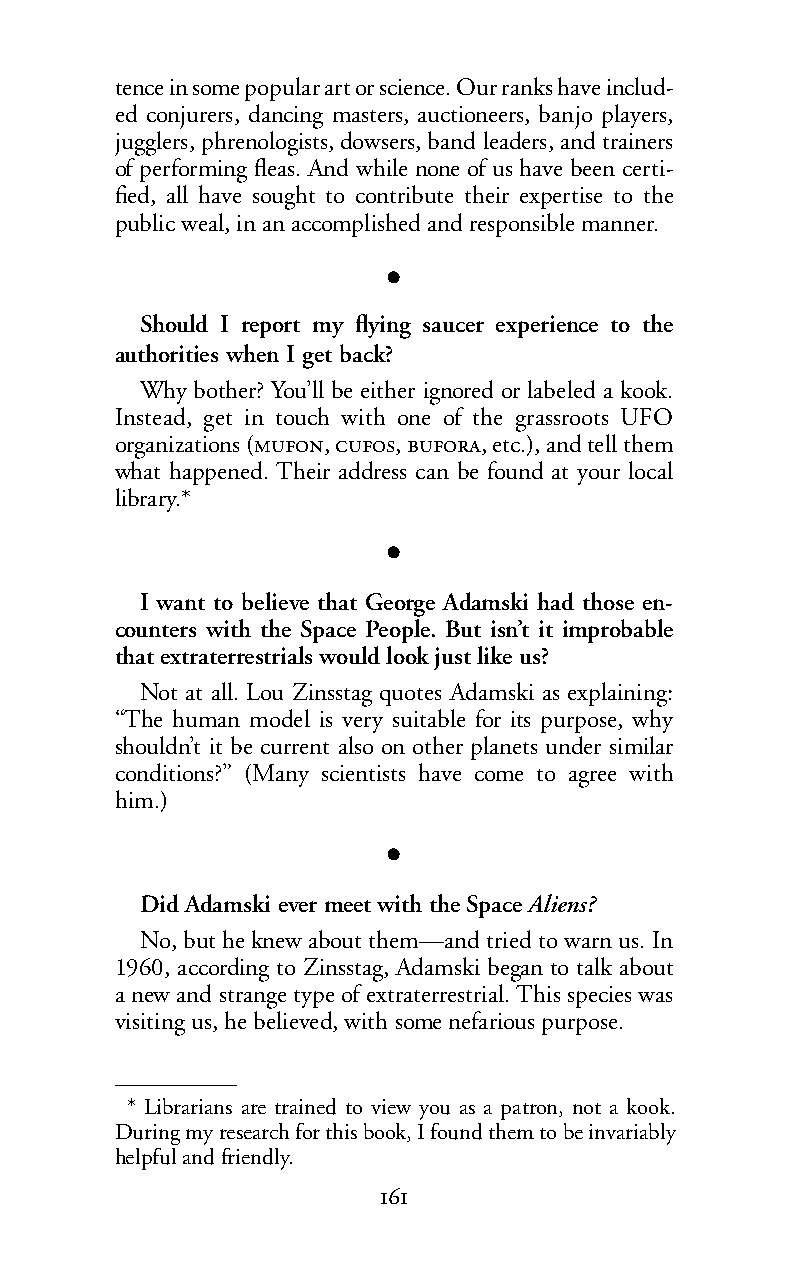
tence in some popular art or science. Our ranks have includ-
 ed conjurers, dancing masters, auctioneers, banjo players,
 jugglers, phrenologists, dowsers, band leaders, and trainers
 of performing fleas. And while none of us have been certi-
 fied, all have sought to contribute their expertise to the
 public weal, in an accomplished and responsible manner.
 l
 Should I report my flying saucer experience to the
 authorities when I get back?
 Why bother? You’ll be either ignored or labeled a kook.
 Instead, get in touch with one of the grassroots UFO
 organizations (,,,etc.), andtell them
 what happened. Their address can be found at your local
 library.*
 l
 I want to believe that George Adamski had those en-
 counters with the Space People. But isn’t it improbable
 that extraterrestrials would look just like us?
 Not at all. Lou Zinsstag quotes Adamski as explaining:
 “The human model is very suitable for its purpose, why
 shouldn’t it be current also on other planets under similar
 conditions?” (Many scientists have come to agree with
 him.)
 l
 Did Adamski ever meet with the SpaceAliens?
 No, but he knew about them—and tried to warn us. In
 1960, according to Zinsstag, Adamski began to talk about
 a new and strange type of extraterrestrial. This species was
 visiting us, hebelieved, with some nefarious purpose.
 * Librarians are trained to view you as a patron, not a kook.
 During my research for this book, I found them to be invariably
 helpful and friendly.
 